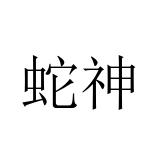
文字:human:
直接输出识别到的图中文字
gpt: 蛇神